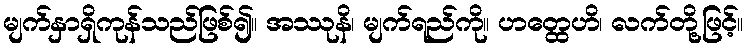
မျက်နှာရှိကုန်သည်ဖြစ်၍။ အဿုနိ၊ မျက်ရည်ကို။ ဟတ္ထေဟိ၊ လက်တို့ဖြင့်။